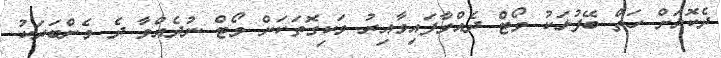
ދެކޮޅަށް ހަތް ބޭފުޅަކު ވޯޓް ދެއްވާފައިވާއިރު ވަކިގޮތަކަށް ވޯޓް ނުދެއްވާ ދެ މެންބަރަކު